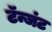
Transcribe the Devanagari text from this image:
टॅन्जंट